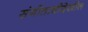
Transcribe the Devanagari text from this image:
संगीताचीदेखील